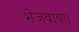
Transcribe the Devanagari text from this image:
भेजवाया।